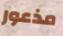
مذعور